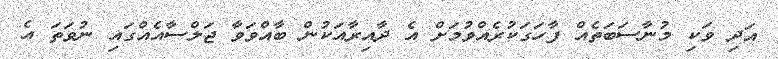
އަދި ވަކި މުނާސަބަތެއް ފާހަގަކުރެއްވުމަށް އެ ދާއިރާއަކުން ބާއްވަވާ ޖަލްސާއެއްގައި ނުވަތަ އެ